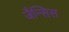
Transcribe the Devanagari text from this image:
जैन्सिस